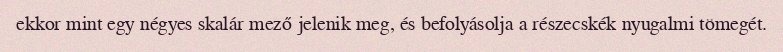
ekkor mint egy négyes skalár mező jelenik meg, és befolyásolja a részecskék nyugalmi tömegét.